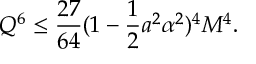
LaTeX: { Q } ^ { 6 } \leq \frac { 2 7 } { 6 4 } ( 1 - \frac 1 2 a ^ { 2 } \alpha ^ { 2 } ) ^ { 4 } M ^ { 4 } .